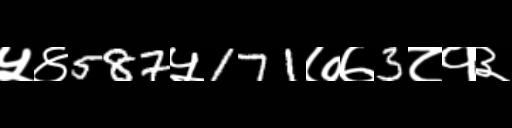
Text: ५४587५171७७3८१३